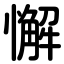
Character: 懈